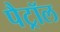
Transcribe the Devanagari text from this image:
पैट्रॉल